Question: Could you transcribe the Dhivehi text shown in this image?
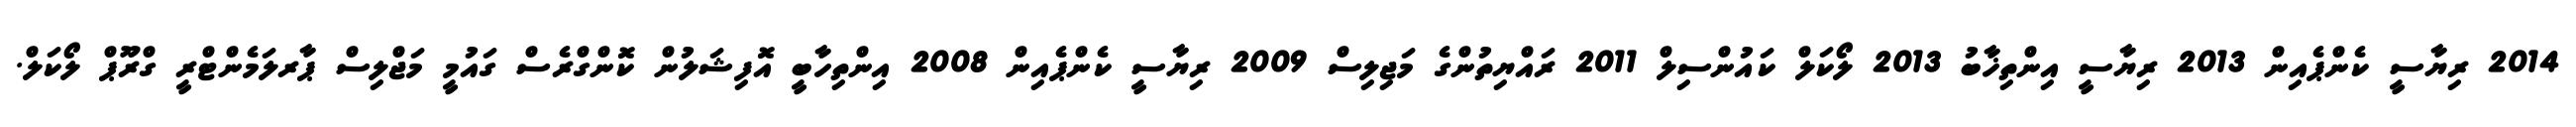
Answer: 2014 ރިޔާސީ ކެންޕެއިން 2013 ރިޔާސީ އިންތިޚާބު 2013 ލޯކަލް ކައުންސިލް 2011 ރައްޔިތުންގެ މަޖިލިސް 2009 ރިޔާސީ ކެންޕެއިން 2008 އިންތިހާބީ އޮފިޝަލުން ކޮންގްރެސް ގައުމީ މަޖްލިސް ޕާރލަމެންޓްރީ ގްރޫޕް ލޯކަލް.